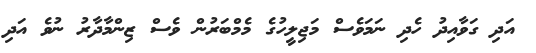
އަދި ގަވާއިދު ހެދި ނަމަވެސް މަޖިލީހުގެ މެމްބަރުން ވެސް ޒިންމާދާރު ނުވެ އަދި